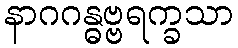
နာဂဂန္ဓဗ္ဗရက္ခသာ